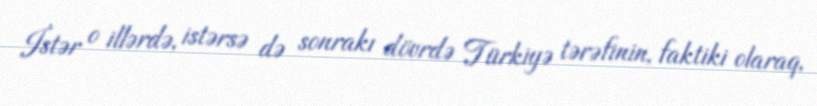
İstər o illərdə, istərsə də sonrakı dövrdə Türkiyə tərəfinin, faktiki olaraq,